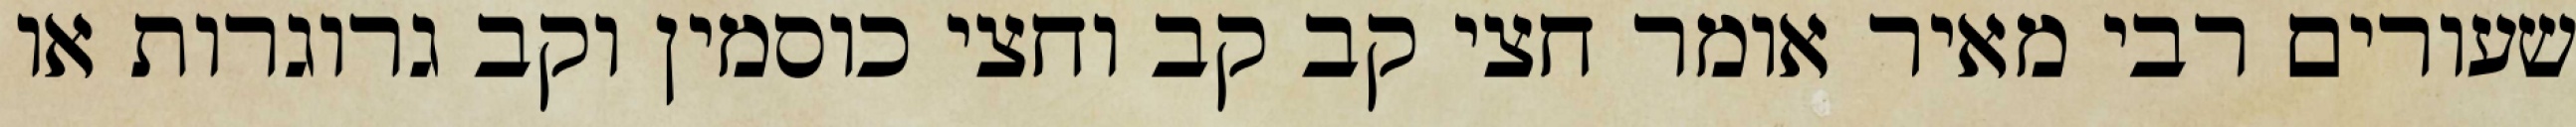
שעורים רבי מאיר אומר חצי קב קב וחצי כוסמין וקב גרוגרות או